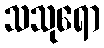
သသုရော